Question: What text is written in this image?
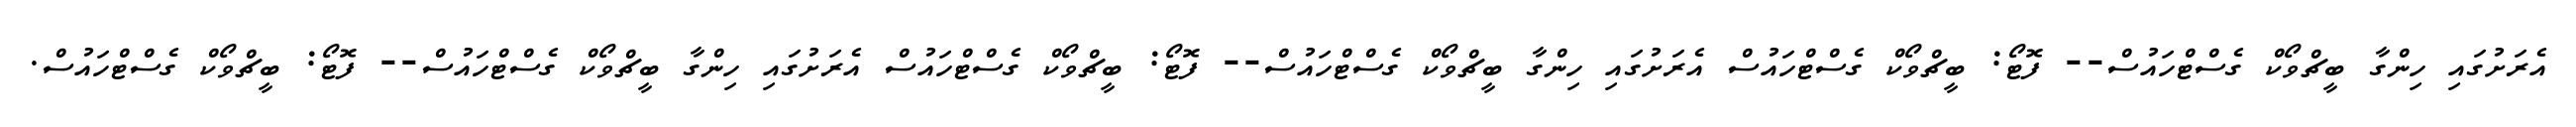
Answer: އެރަށުގައި ހިންގާ ބީޗްވޯކް ގެސްޓްހައުސް-- ފޮޓޯ: ބީޗްވޯކް ގެސްޓްހައުސް އެރަށުގައި ހިންގާ ބީޗްވޯކް ގެސްޓްހައުސް-- ފޮޓޯ: ބީޗްވޯކް ގެސްޓްހައުސް އެރަށުގައި ހިންގާ ބީޗްވޯކް ގެސްޓްހައުސް-- ފޮޓޯ: ބީޗްވޯކް ގެސްޓްހައުސް.